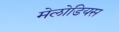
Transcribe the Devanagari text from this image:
मेलोडियस